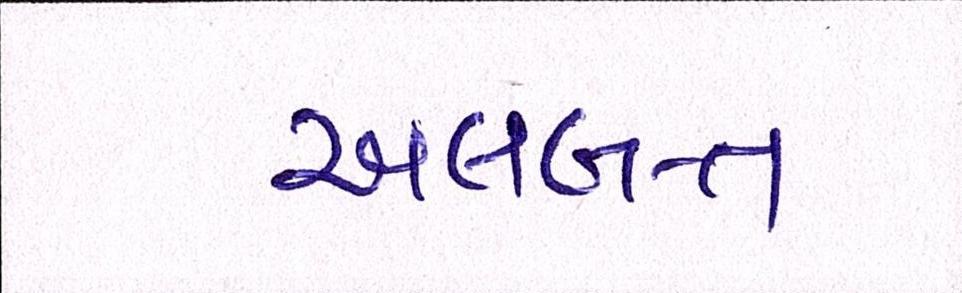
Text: અલબત્ત